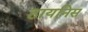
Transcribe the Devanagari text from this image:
हायनिस